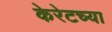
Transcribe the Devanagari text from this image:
केरेटच्या